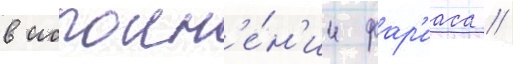
в исполн'е́н'ии фар'иаса //